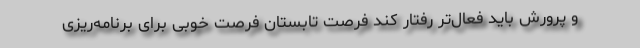
و پرورش باید فعال‌تر رفتار کند فرصت تابستان فرصت خوبی برای برنامه‌ریزی